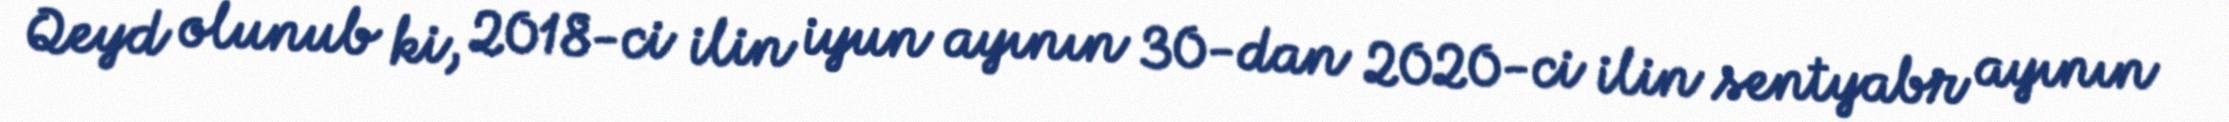
Qeyd olunub ki, 2018-ci ilin iyun ayının 30-dan 2020-ci ilin sentyabr ayının